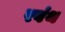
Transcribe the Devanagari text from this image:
रवंथ